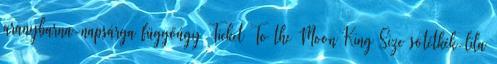
aranybarna-napsárga függőágy Ticket To the Moon King Size sötétkék-lila